Leaving Certificate Examination, 1925
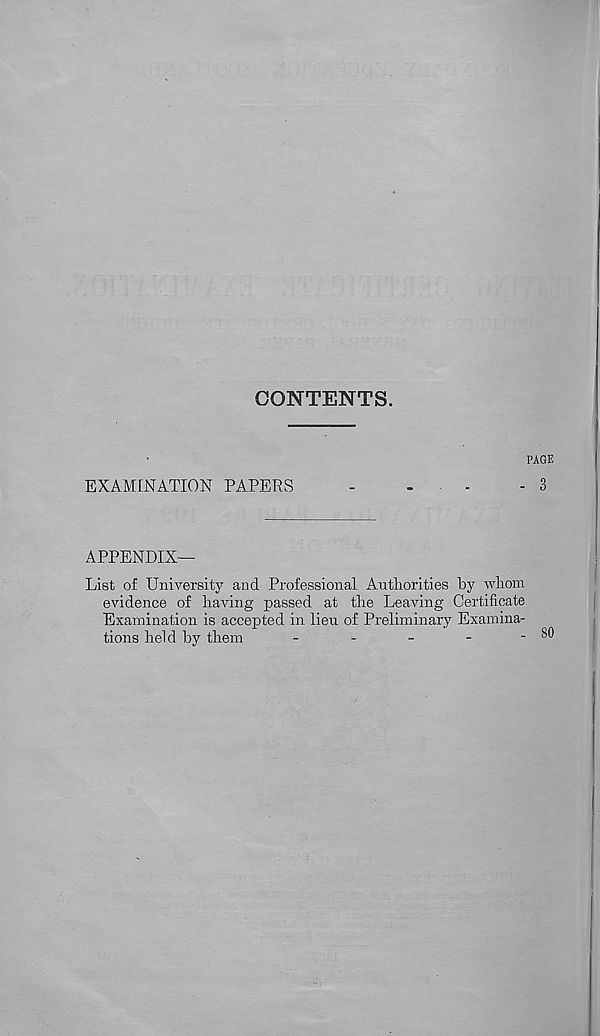
CONTENTS.
PAGE
EXAMINATION PAPERS
-
-
-
- 3
APPENDIX—
List of University and Professional Authorities by whom
evidence of having passed at the Leaving Certificate
Examination is accepted in lieu of Preliminary Examina-
tions held by them
-
-
-
-
-